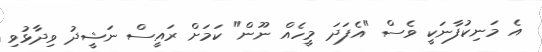
އެ މަނިކުފާނަކީ ވެސް "އެފަދަ މީހެއް ނޫން" ކަމަށް ރައީސް ނަޝީދު ވިދާޅުވި